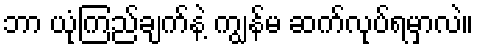
ဘာ ယုံကြည်ချက်နဲ့ ကျွန်မ ဆက်လုပ်ရမှာလဲ။